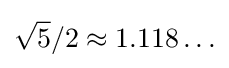
{\sqrt {5}}/2\approx 1.118\ldots